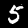
Label: 5